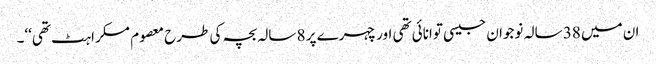
ان میں 38 سالہ نوجوان جیسی توانائی تھی اور چہرے پر 8 سالہ بچہ کی طرح معصوم مسکراہٹ تھی‘‘۔